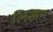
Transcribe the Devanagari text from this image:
लिअम